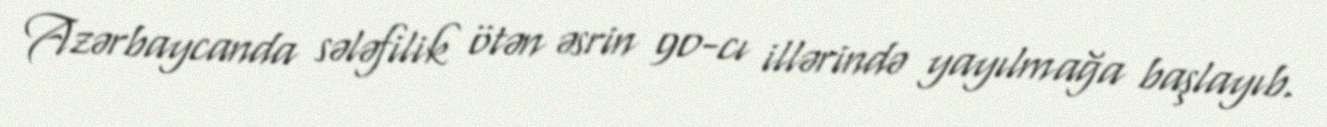
Azərbaycanda sələfilik ötən əsrin 90-cı illərində yayılmağa başlayıb.